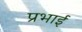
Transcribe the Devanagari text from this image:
प्रभाई